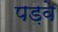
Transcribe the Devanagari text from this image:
पड़वे